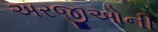
અરજીઓની